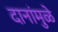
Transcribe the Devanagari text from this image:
दानांमुळे